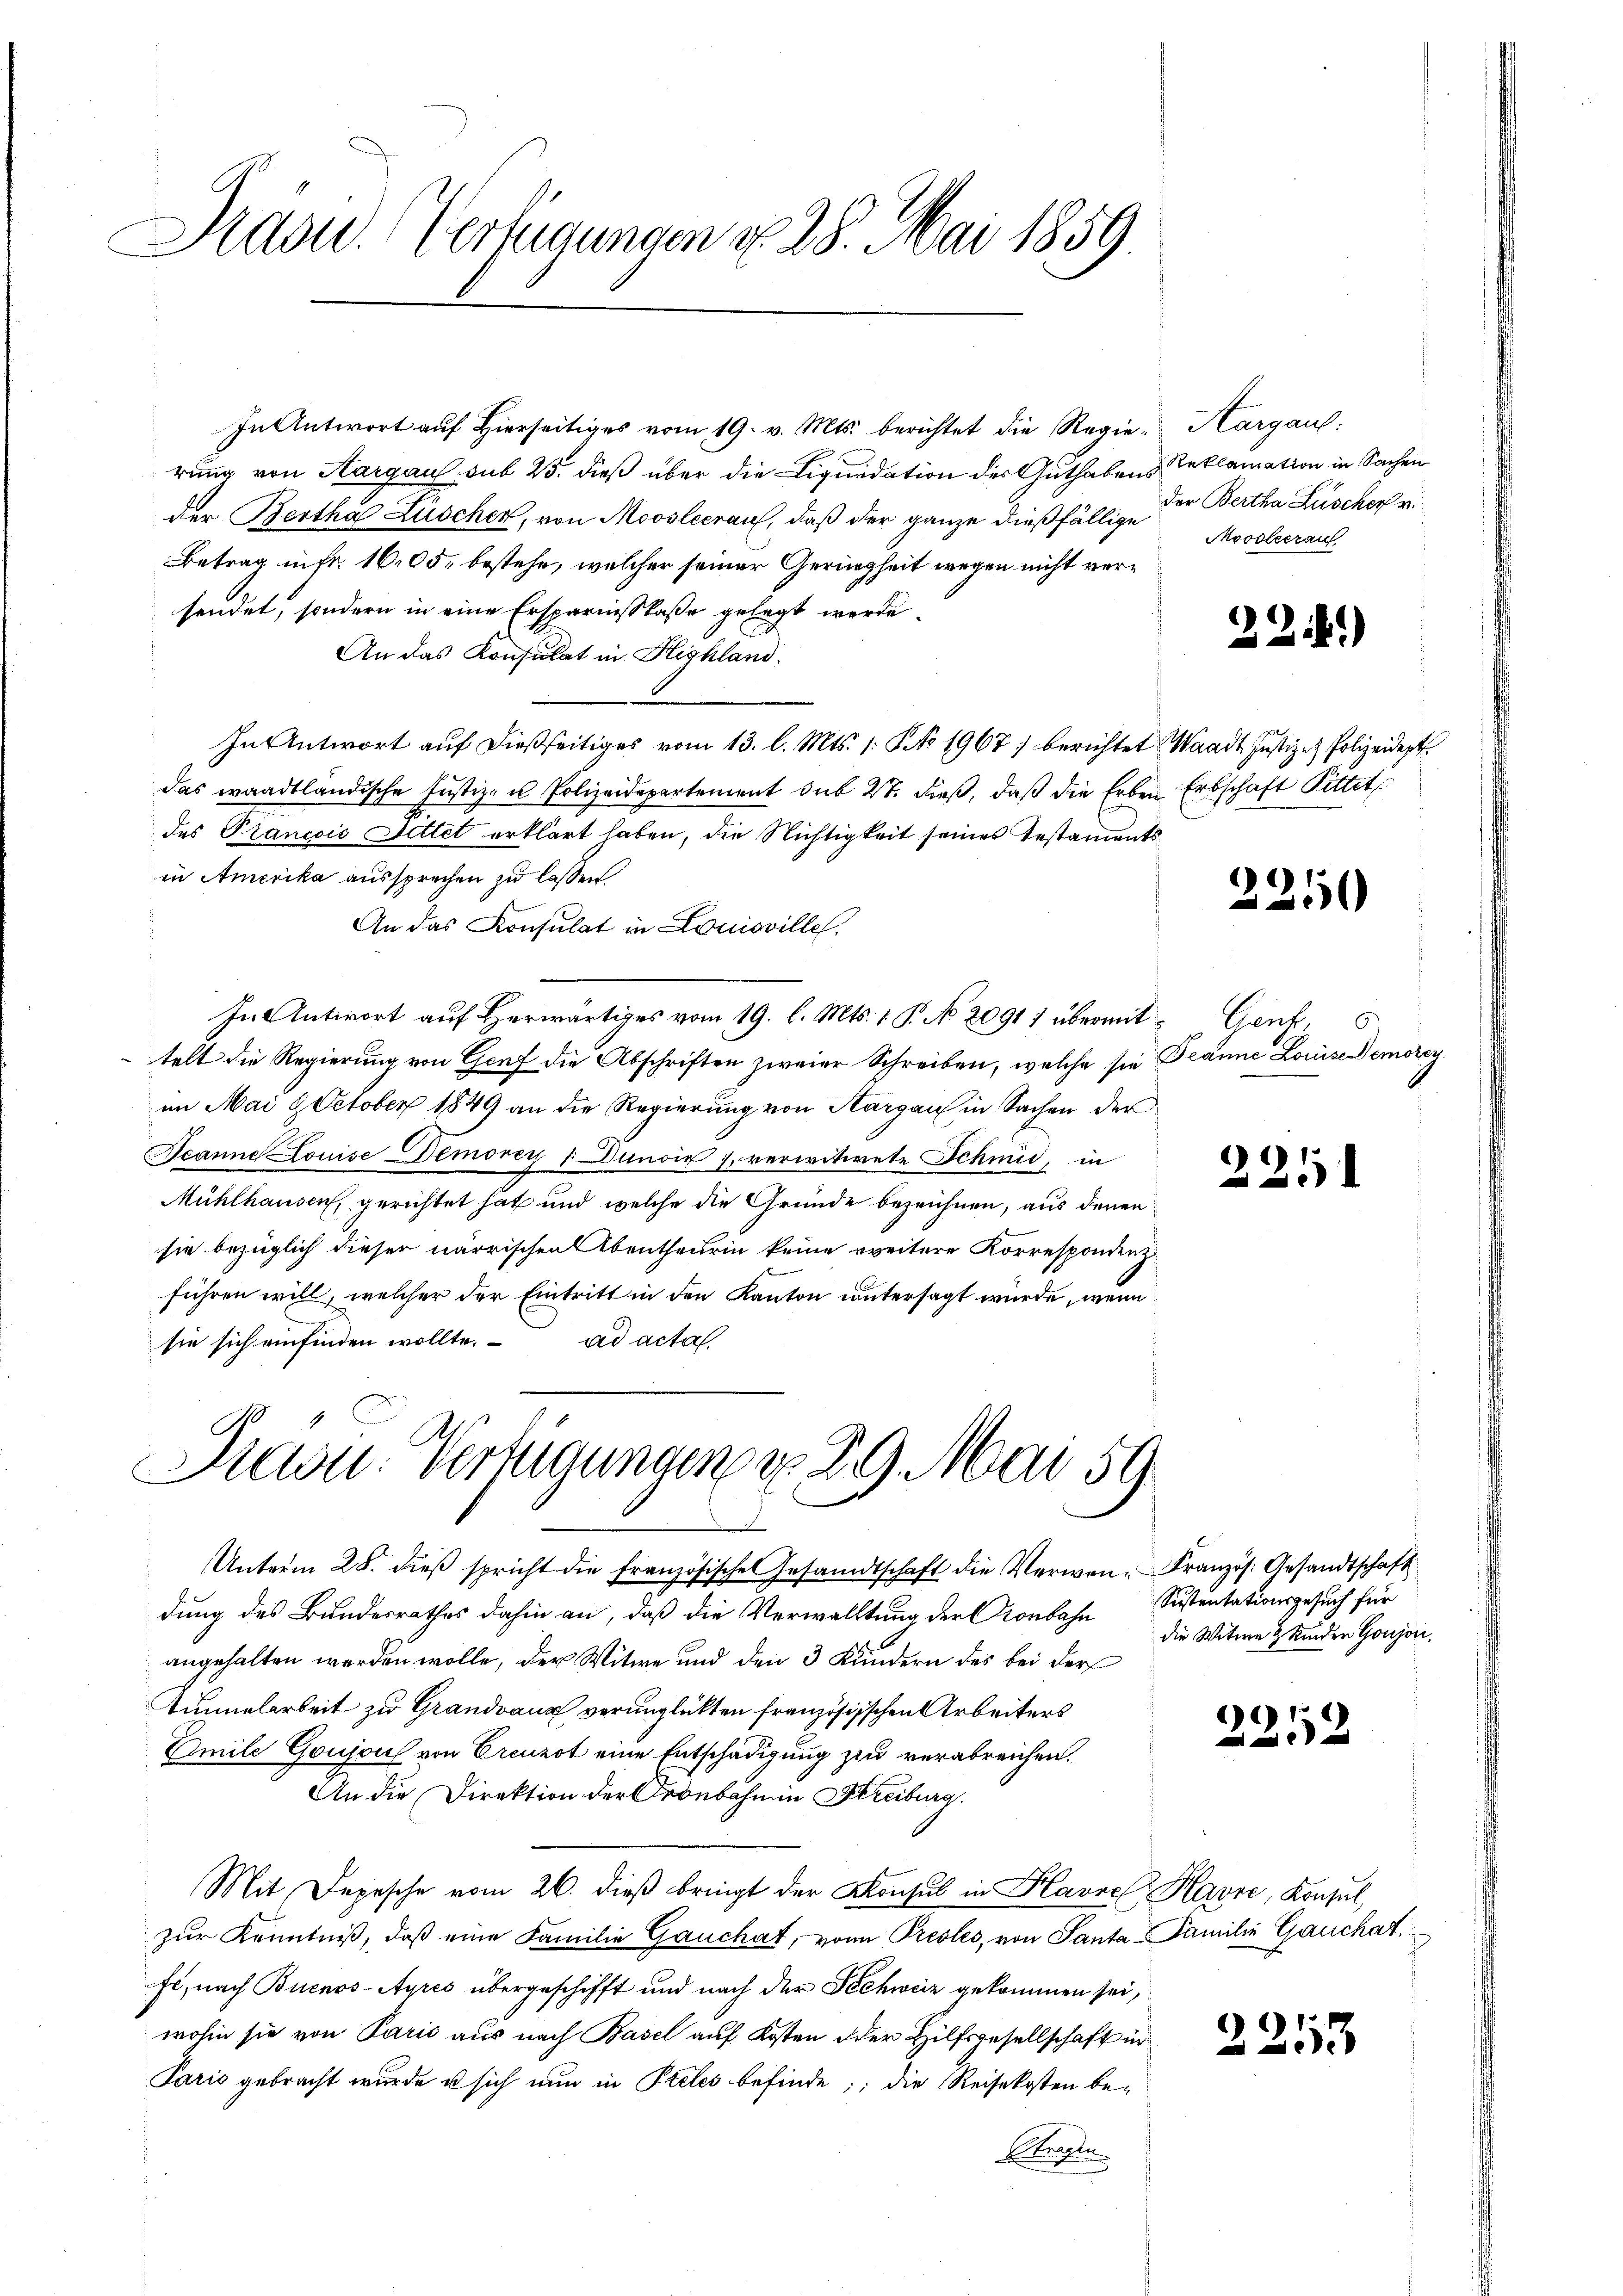
Präsid. Verfügungen u. 28. Mai 1859.

In Antwort auf hierseitiges vom 19. v. Mts. berichtet die Regie-Aargau:
rung von Aargau sub 25. dieß über die Liquidation des Guthabens Reklamation in Sachen
der Bertha Lüscher, von Moosleerauf, daß der ganze dießfällige der Bertha Lüscher v.
Betrag in fr. 1605, bestehe, welcher seiner Geringheit wegen nicht versendet, sondern in eine Ersparnisskaße gelegt werde.
An das Konsulat in Highland.
In Antwort auf dießseitiges vom 13. l. Mts. 1. No 1967 berichtet Waadt Justiz- & Polizeidept
das waadtländische Justiz- u Polizeidepartement sub 27. dieß, daß die Erben Erbschaft Pittet,
des Prancois Settet erklärt haben, die Nichtigkeit seines Testaments
in Amerika aussprechen zu lassen.
An das Konsulat in Louisville.
In Antwort aŭf herwärtiges vom 19. l. Mts. 1 P. No. 2091) übermit Genf,
telt die Regierung von Genf die Abschriften zweier Schreiben, welche sie Beanne Louise Demore
im Mai 9 October 1849 an die Regierung von Thurgau in Sachen der
Acanne Louise Demorey 1 Dunoix 7, verwitwete Schmid, in
Mühlhausen, gerichtet hat und welche die Gründe bezeichnen, aus denen
sie bezüglich dieser närrischen Abentheurin keine weitere Korrespondenz
führen will, welcher der Eintritt in den Kanton untersagt wurde, wenn
sie sich einfinden wollte. ad acta,

Prau. Verfügungen v. 29. Mai 59

Unterm 28. dieβ spricht die französische Gesandtschaft die Verwen-Französ. Gesandtschaft
dung des Bundesrathes dahin an, daß die Verwalltung der Cronbahn
angehalten werden wolle, der Witwe und den 3 Kundern des bei der
Tunnelarbeit zu Grandvanz verunglükten französischen Arbeiters
Amile Goujou von Creuzot eine Entschädigung zu verabreichen.
An die Direktion der Ordebahn in Streiburg
Mit Depesche vom 26. dieβ bringt der Konsul in Havre Havre, Konsul,
zŭr Kenntniß, daβ eine Familie Gauchat, von Presles, von Panta-Familie Gauchat
fe, nach Buenos-Ayres übergeschifft und nach der Schweiz gekommen sei,
wohin sie von Paris aus nach Basel auf Kosten oder Hilfsgesellschaft in
Paris gebracht wurde u sich nun in Peles befinde; die Reisekosten beerle

Moosleerauf

22.)

2250

221

Siestentationsgesuch für
die Witwe & Kinder Goujo

)
2

2253